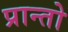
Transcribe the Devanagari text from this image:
प्रान्‍तो